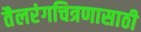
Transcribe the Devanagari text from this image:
तैलरंगचित्रणासाठी